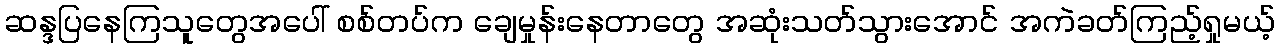
ဆန္ဒပြနေကြသူတွေအပေါ် စစ်တပ်က ချေမှုန်းနေတာတွေ အဆုံးသတ်သွားအောင် အကဲခတ်ကြည့်ရှုမယ့်